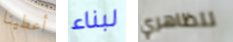
أعطينا لبناء تتظاهري